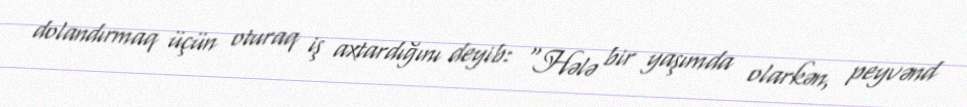
dolandırmaq üçün oturaq iş axtardığını deyib: “Hələ bir yaşımda olarkən, peyvənd